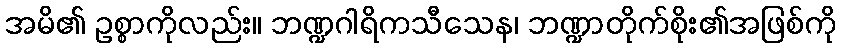
အမိ၏ ဥစ္စာကိုလည်း။ ဘဏ္ဍဂါရိကသီသေန၊ ဘဏ္ဍာတိုက်စိုး၏အဖြစ်ကို